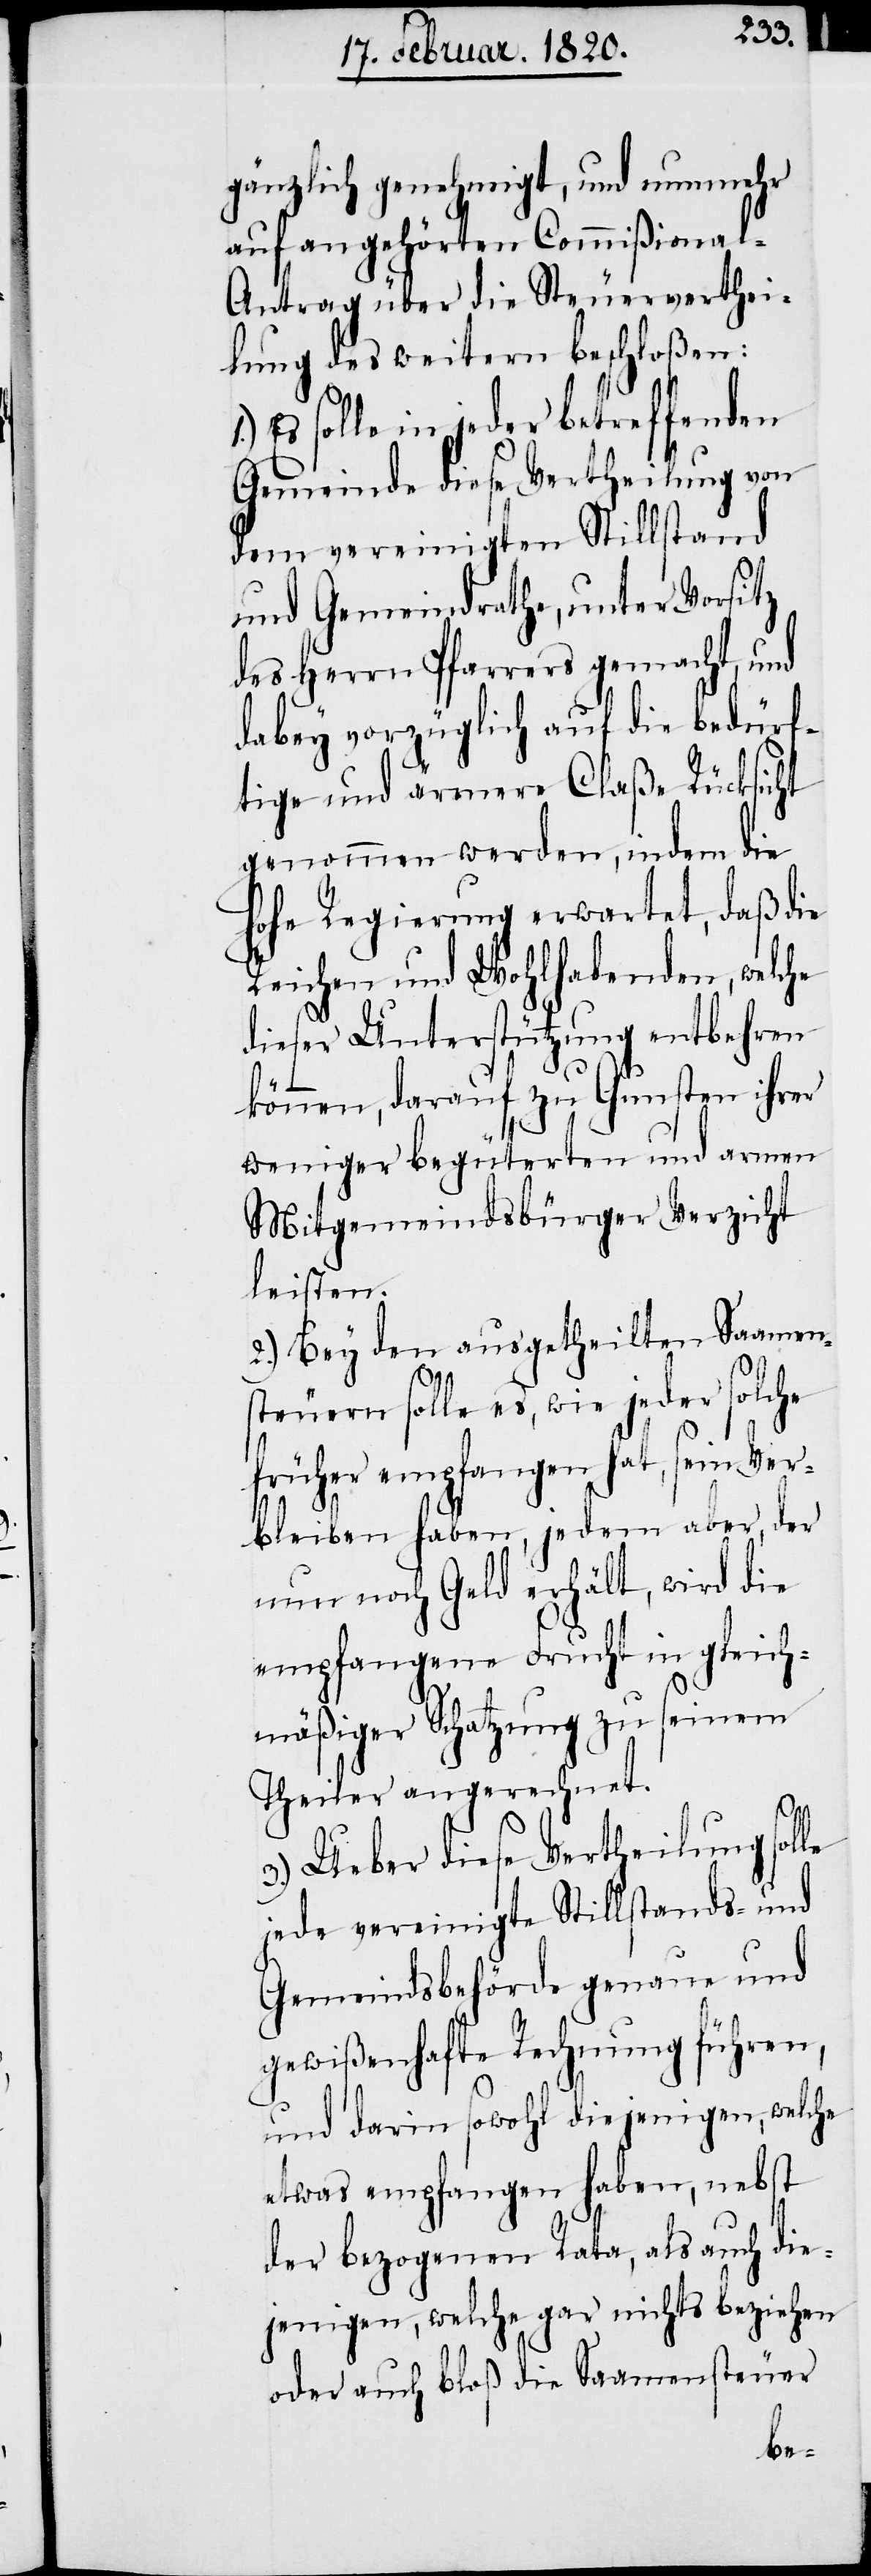
gänzlich genehmigt, und nunmehr
auf angehörten Commißional-A¬
ntrag über die Steuerverthei¬
lung des weitern beschloßen:
Es solle in jeder betreffenden
Gemeinde diese Vertheilung von
dem vereinigten Stillstand
und Gemeindrathe, unter Vorsitz
des Herrn Pfarrers gemacht, und
dabey vorzüglich auf die bedürf¬
tige und ärmere Claße Rücksicht
genommen werden, indem die
hohe Regierung erwartet, daß die
Reichen und Wohlhabenden, welche
dieser Unterstützung entbehren
le
können, darauf zu Gunsten ihrer
weniger begüterten und armen
Mitgemeindsbürger Verzicht
leisten.
2.) Bey den ausgetheilten Saamen¬
steuern solle es, wie jeder solche
früher empfangen hat, sein Ver¬
bleiben haben, jedem aber, der
nun noch Geld erhält, wird die
empfangene Frucht in gleich¬
mäßiger Schatzung zu seinem
Theiler angerechnet.
3.) Ueber diese Vertheilung sol¬
jede vereinigte Stillstands- und
Gemeindsbehörde genaue und
gewißenhafte Rechnung führen,
und darin sowohl diejenigen, welche
etwas empfangen haben, nebst
der bezogenen Rata, als auch die¬
jenigen, welche gar nichts beziehen
oder auch bloß die Saamensteuer